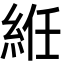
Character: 絍